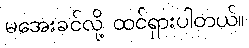
မအေးခင်လို့ ထင်ရှားပါတယ်။